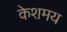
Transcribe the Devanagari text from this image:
केशमय